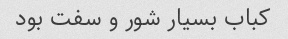
کباب بسیار شور و سفت بود